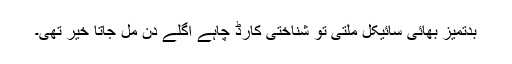
بدتمیز بھائی سائیکل ملتی تو شناختی کارڈ چاہے اگلے دن مل جاتا خیر تھی۔